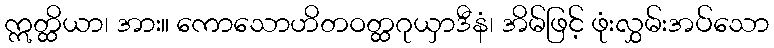
ဣတ္ထိယာ၊ အား။ ကောသောဟိတဝတ္ထဂုယှာဒီနံ၊ အိမ်ဖြင့် ဖုံးလွှမ်းအပ်သော